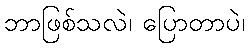
ဘာဖြစ်သလဲ၊ ပြောတာပဲ၊